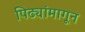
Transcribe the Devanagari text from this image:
पिढ्यांमागून